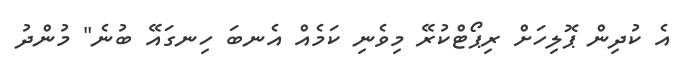
އެ ކުދިން ޕޮލިހަށް ރިޕޯޓްކުރޭ މިވެނި ކަމެއް އެނބަ ހިނގައޭ ބުނެ" މުންދު